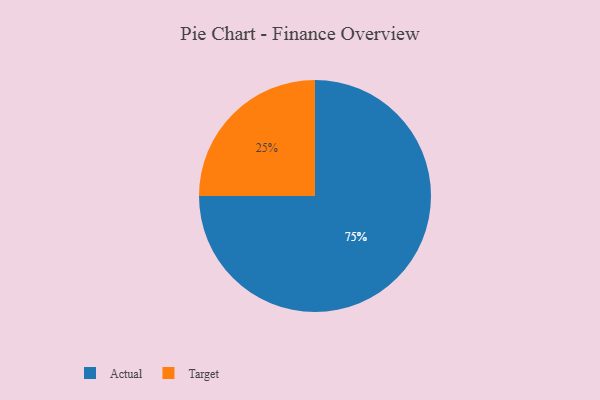
{"axis": {"x": "Category", "y": "Percentage"}, "legend": ["Actual", "Target"], "data": [{"x": "Target", "y": 25, "type": "Target"}, {"x": "Actual", "y": 75, "type": "Actual"}]}